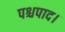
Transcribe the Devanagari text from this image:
पश्चपाद।